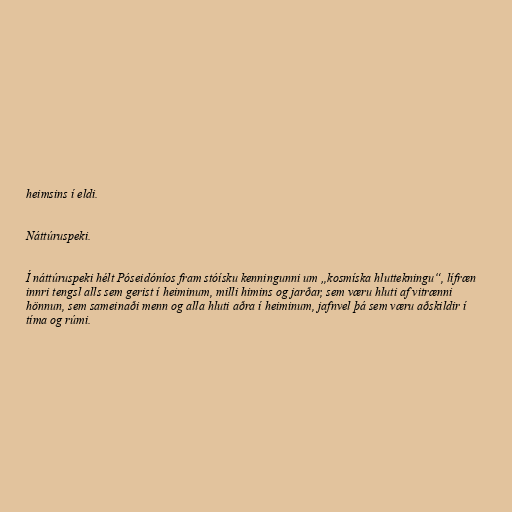
heimsins í eldi.

Náttúruspeki.

Í náttúruspeki hélt Póseidóníos fram stóísku kenningunni um „kosmíska hluttekningu“, lífræn
innri tengsl alls sem gerist í heiminum, milli himins og jarðar, sem væru hluti af vitrænni
hönnun, sem sameinaði menn og alla hluti aðra í heiminum, jafnvel þá sem væru aðskildir í
tíma og rúmi.